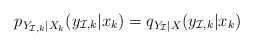
\begin{align*}p_{Y_{\mathcal{I},k}|X_k}(y_{\mathcal{I},k}|x_k) = q_{Y_\mathcal{I}|X}(y_{\mathcal{I},k}|x_k) \end{align*}